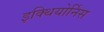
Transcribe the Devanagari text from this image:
इक्थियोर्निस